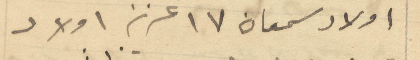
اولاد سمعان 17 عزيز اولاد